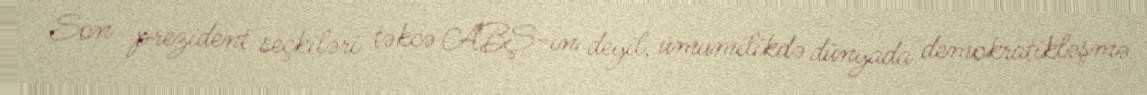
Son prezident seçkiləri təkcə ABŞ-ın deyil, ümumilikdə dünyada demokratikləşmə